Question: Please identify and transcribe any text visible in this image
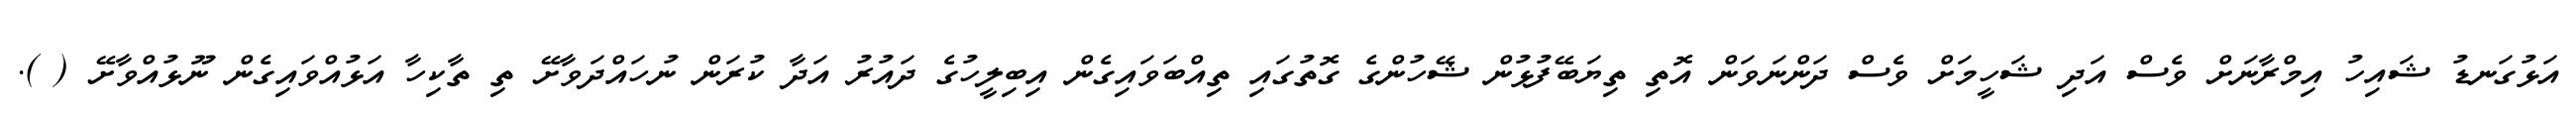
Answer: އަޅުގަނޑު ޝައިހު އިމްރާނަށް ވެސް އަދި ޝަހީމަށް ވެސް ދަންނަވަން އޮތި ތިޔަބޭފުޅުން ޝޭހުންގެ ގޮތުގައި ތިއްބަވައިގެން އިބިލީހުގެ ދައުރު އަދާ ކުރަން ނުހައްދަވާށޭ ތި ތާކިހާ އަޅުއްވައިގެން ނޫޅުއްވާށޭ ( ).